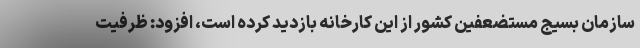
سازمان بسیج مستضعفین کشور از این کارخانه بازدید کرده است، افزود: ظرفیت